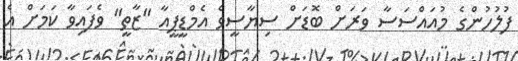
ފުލުހުންގެ މުއައްސަސާ ވަރަށް ބޮޑަށް ސިޔާސީވެ އެމްޑީޕީއާ "ޒާތީ" ވެފައިވާ ކަމަށް އެ